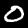
Digit: 0